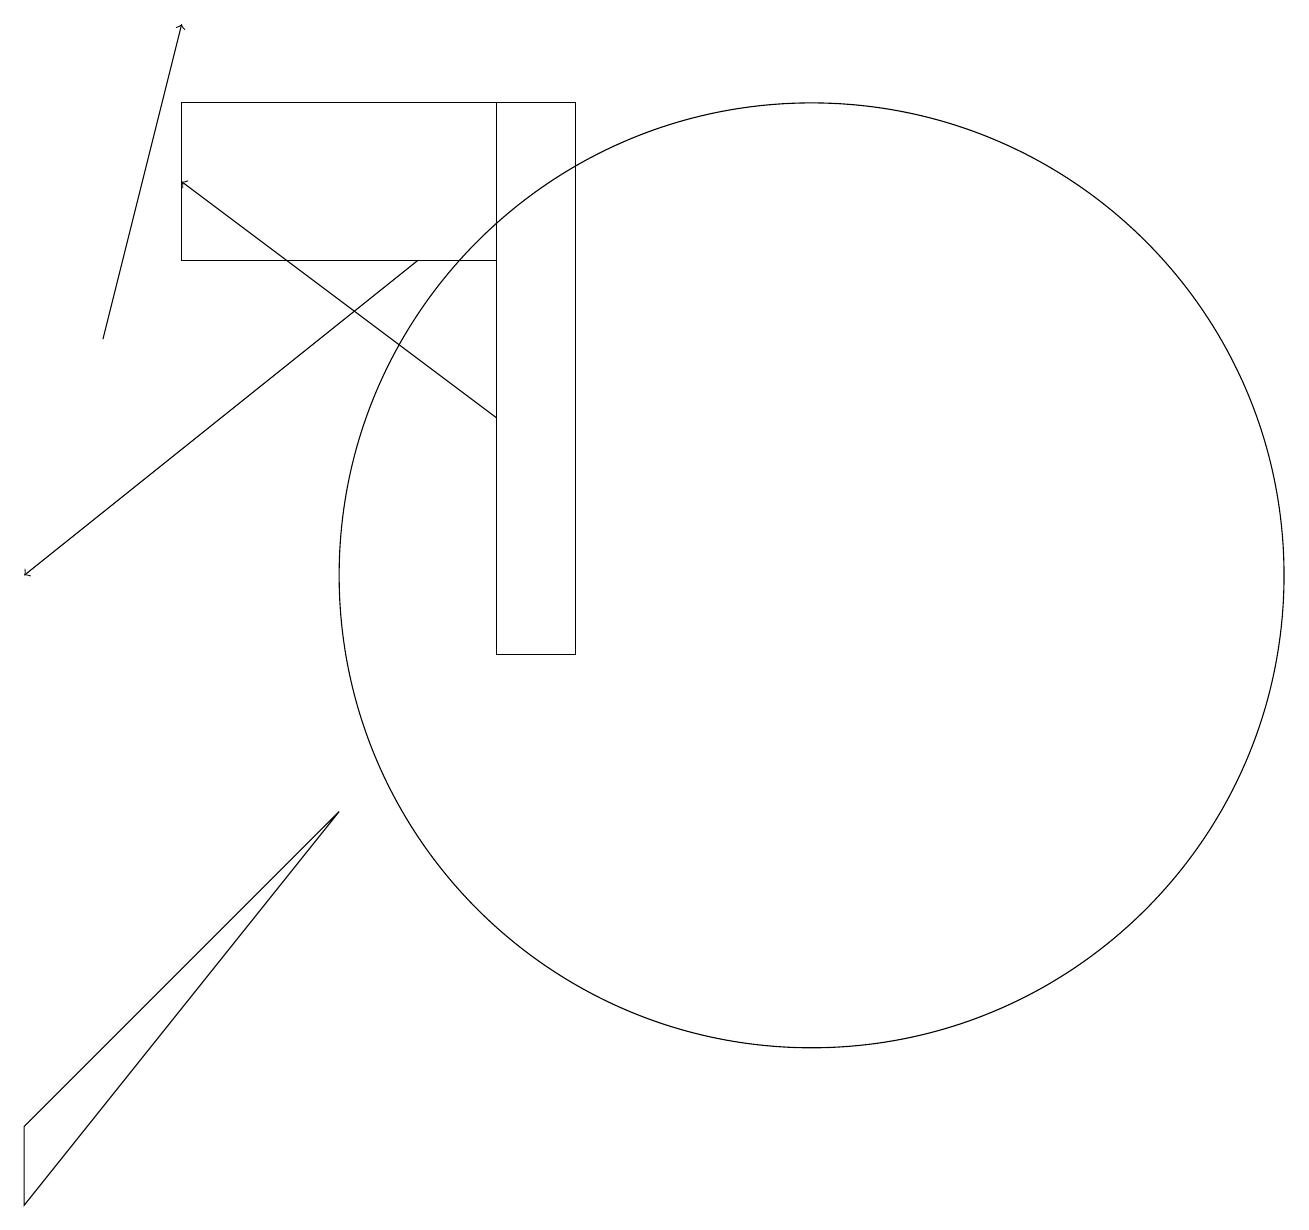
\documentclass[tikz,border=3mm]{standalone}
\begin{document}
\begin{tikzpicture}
\draw (7,10) rectangle (8,17);
\draw[->] (6,15) -- (1,11);
\draw[->] (7,13) -- (3,16);
\draw (11,11) circle (6);
\draw (7,15) rectangle (3,17);
\draw (1,3) -- (1,4) -- (5,8) -- cycle;
\draw[->] (2,14) -- (3,18);
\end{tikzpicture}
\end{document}